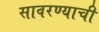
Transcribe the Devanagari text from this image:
सावरण्याची